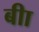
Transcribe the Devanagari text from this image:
बीा